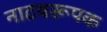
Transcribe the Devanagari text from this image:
नाटयरूपक